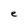
Character: e